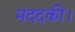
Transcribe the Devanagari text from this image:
मददकी।